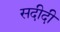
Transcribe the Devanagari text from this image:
सदीदी